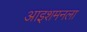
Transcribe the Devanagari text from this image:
आइशमनला